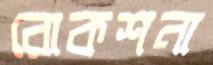
রোকশনা